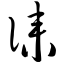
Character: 诔